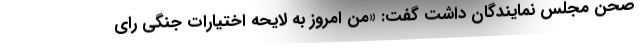
صحن مجلس نمایندگان داشت گفت: «من امروز به لایحه اختیارات جنگی رای